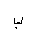
Letter: _ba